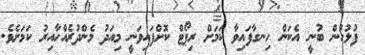
ފުލުހުން ބުނީ އެކަން ހިނގާފައިވާ ކަމަށް ރިޕޯޓް ކޮށްފައިވަނީ މިއަދު މެންދުރެއްހާއިރު ކަމަށެވެ.